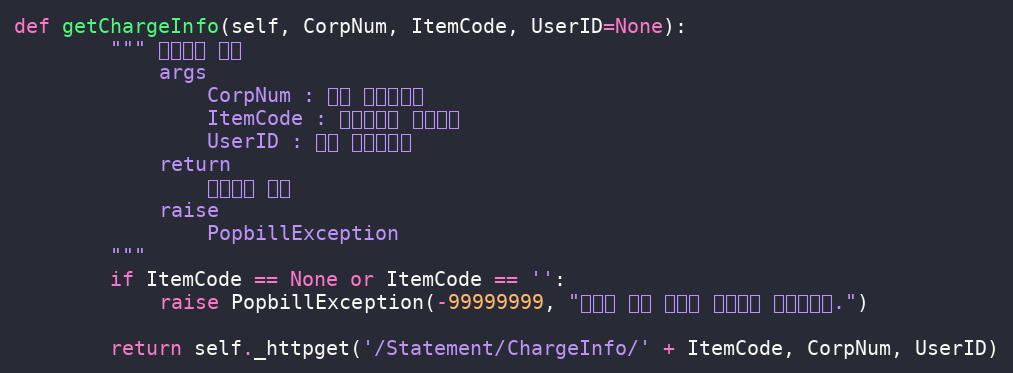
Language: Python
def getChargeInfo(self, CorpNum, ItemCode, UserID=None):
        """ 과금정보 확인
            args
                CorpNum : 회원 사업자번호
                ItemCode : 전자명세서 종류코드
                UserID : 팝빌 회원아이디
            return
                과금정보 객체
            raise
                PopbillException
        """
        if ItemCode == None or ItemCode == '':
            raise PopbillException(-99999999, "명세서 종류 코드가 입력되지 않았습니다.")

        return self._httpget('/Statement/ChargeInfo/' + ItemCode, CorpNum, UserID)